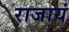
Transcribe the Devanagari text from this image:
राजायं